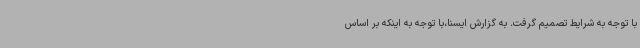
با توجه به شرایط تصمیم گرفت. به گزارش ایسنا،با توجه به اینکه بر اساس